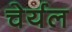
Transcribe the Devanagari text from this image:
चेर्यल